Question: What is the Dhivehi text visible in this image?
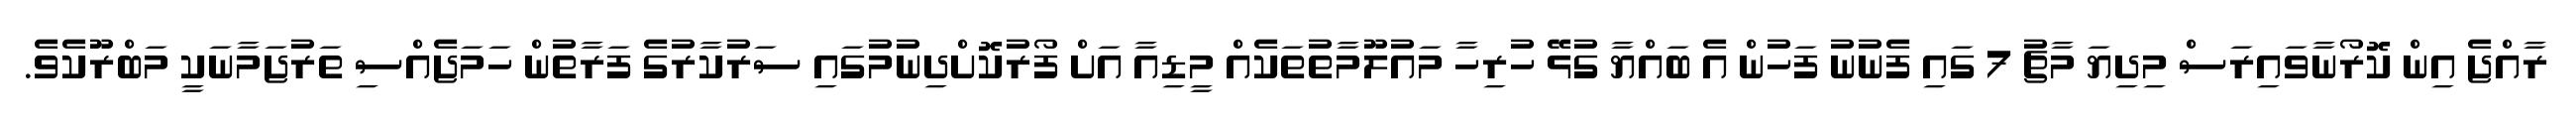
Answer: ރާއްޖެ އިން ކޮރޯނާވައިރަސް މިދިޔަ މާޗު 7 ގައި ފެނުނު ފަހުން އެ ބައްޔާ ގުޅޭ ހުރިހާ މައުލޫމާތުތަކެއް މީޑިއާ އަށް ފޯރުކޮށްދިނުމުގައި ސަރުކާރުގެ ފަރާތުން ހަމަޖެއްސި ތަރުޖަމާނަކީ މަބްރޫކެވެ.